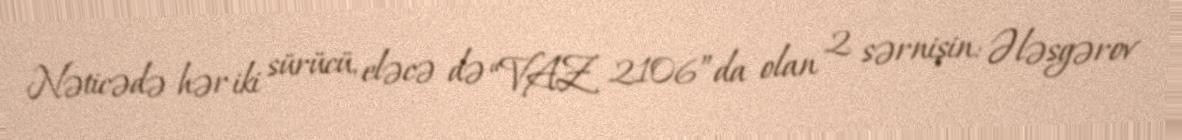
Nəticədə hər iki sürücü, eləcə də “VAZ 2106”da olan 2 sərnişin: Ələsgərov